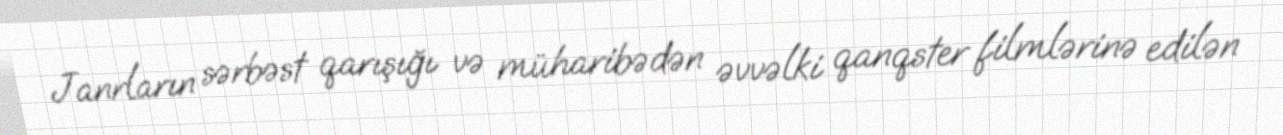
Janrların sərbəst qarışığı və müharibədən əvvəlki qanqster filmlərinə edilən